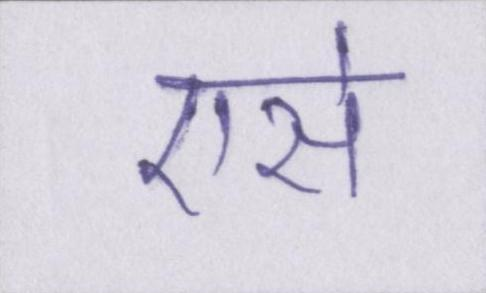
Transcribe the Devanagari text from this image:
एसे